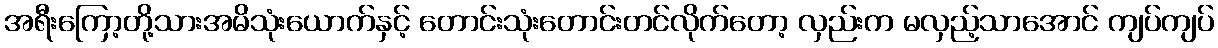
အရီးကြော့တို့သားအမိသုံးယောက်နှင့် တောင်းသုံးတောင်းတင်လိုက်တော့ လှည်းက မလှည့်သာအောင် ကျပ်ကျပ်